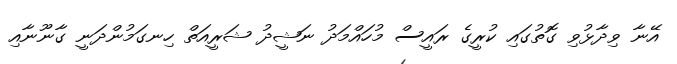
އޭނާ ވިދާޅުވި ގޮތުގައި ކުރީގެ ރައީސް މުހައްމަދު ނަޝީދު ޝަރީއަތް ހިނގަމުންދަނީ ގާނޫނާއި